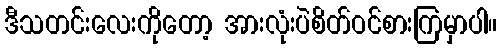
ဒီသတင်းလေးကိုတော့ အားလုံးပဲစိတ်ဝင်စားကြမှာပါ။